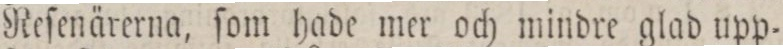
Reſenärerna, ſom hade mer och mindre glad upp=